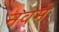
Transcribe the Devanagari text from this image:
नवमे